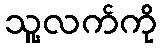
သူ့လက်ကို